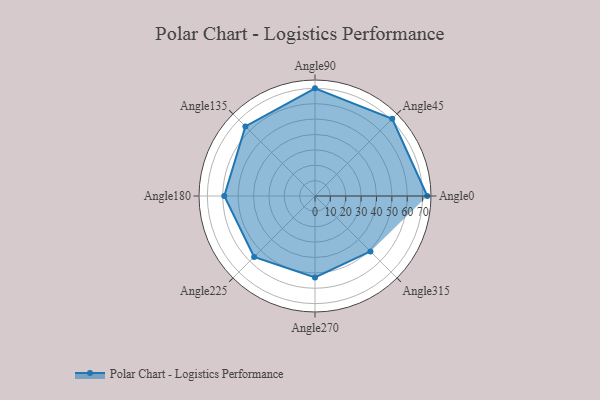
{"axis": {"x": "Angle", "y": "Radius"}, "legend": [""], "data": [{"x": "Angle0", "y": 73.0, "type": ""}, {"x": "Angle45", "y": 71.0, "type": ""}, {"x": "Angle90", "y": 70.0, "type": ""}, {"x": "Angle135", "y": 64.0, "type": ""}, {"x": "Angle180", "y": 59.0, "type": ""}, {"x": "Angle225", "y": 56.0, "type": ""}, {"x": "Angle270", "y": 53.0, "type": ""}, {"x": "Angle315", "y": 51.0, "type": ""}]}